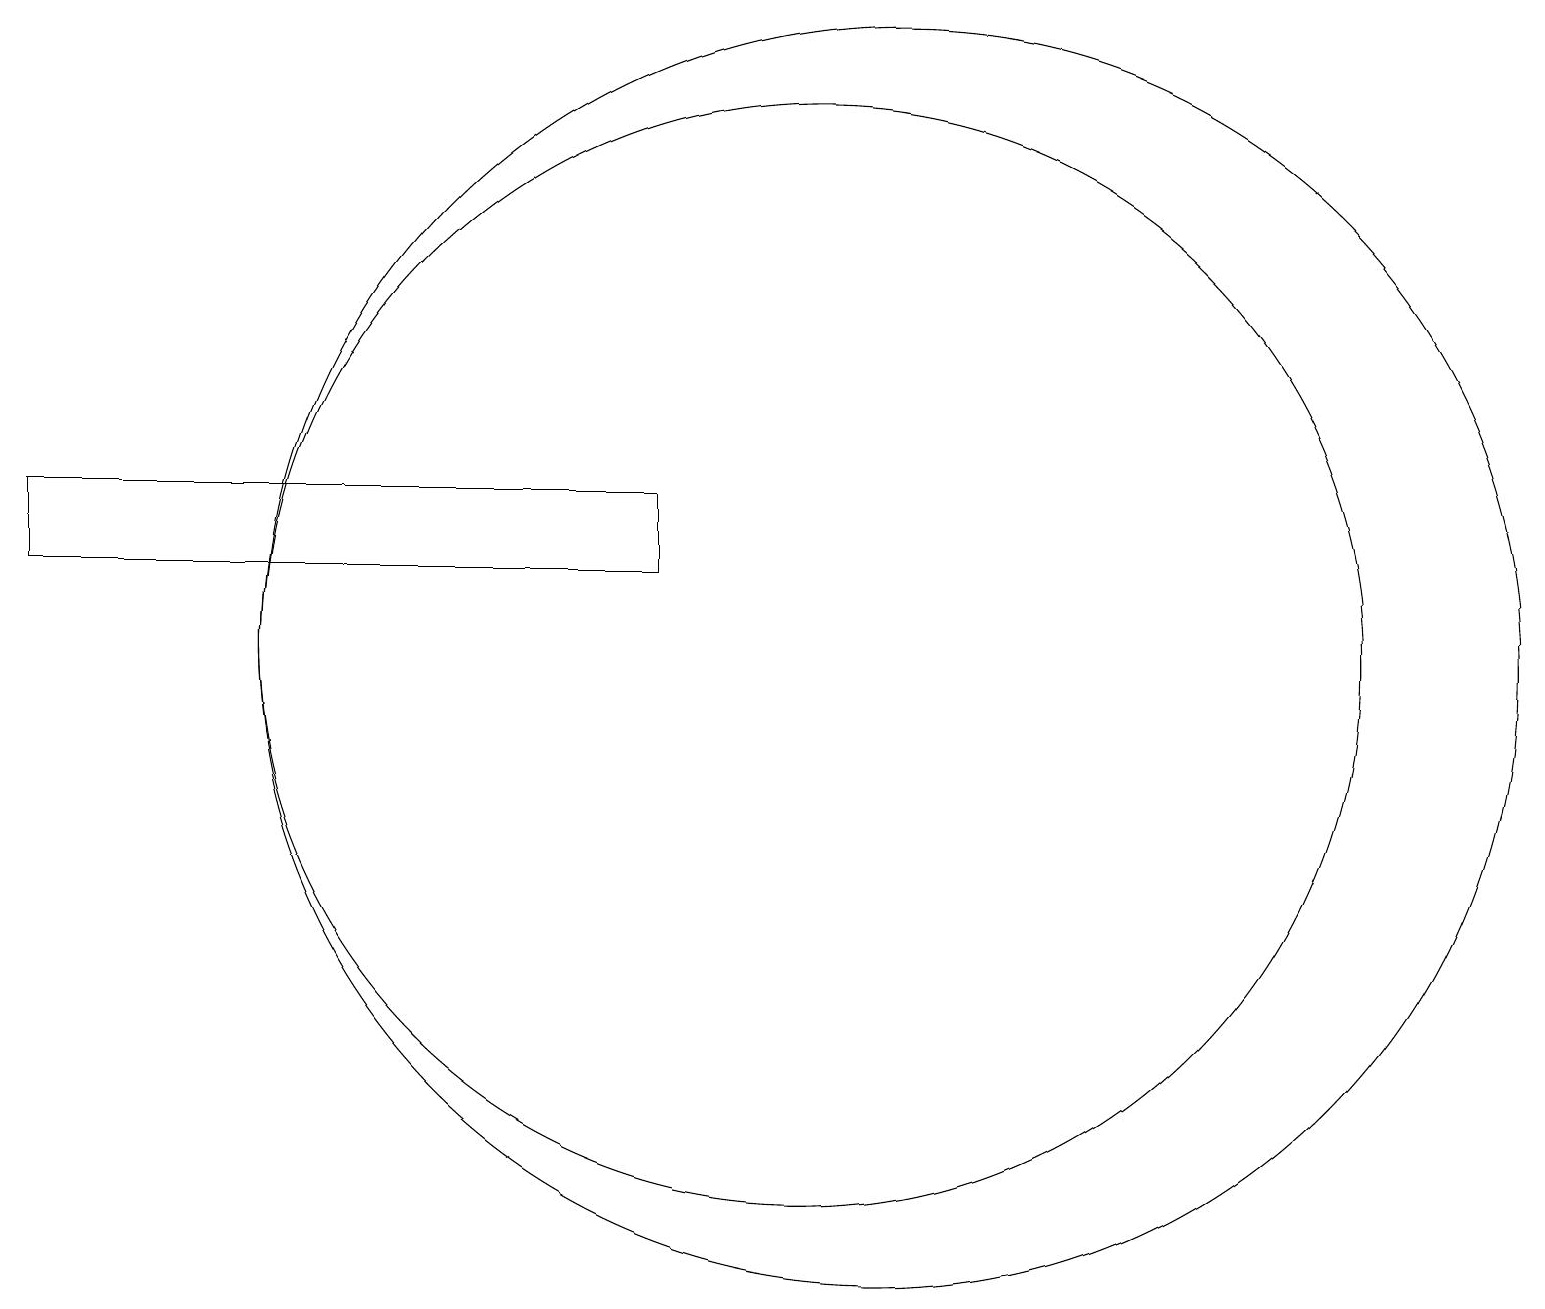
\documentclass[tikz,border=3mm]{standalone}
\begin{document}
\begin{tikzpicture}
\draw (11,10) circle (7);
\draw (12,10) circle (8);
\draw (1,11) rectangle (9,12);
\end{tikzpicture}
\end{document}